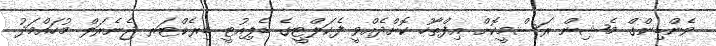
ވެންޑިންގް މެޝިން ރަސްމީކޮށް އިފްތާހު ކޮށްދެއްވީ ފެކަލްޓީގެ ޑެޕިއުޓީ ޑިރެކްޓަރ ޖެނެރަލް މުހައްމަދު